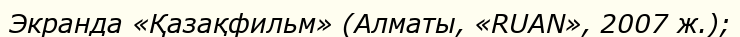
Экранда «Қазақфильм» (Алматы, «RUAN», 2007 ж.);